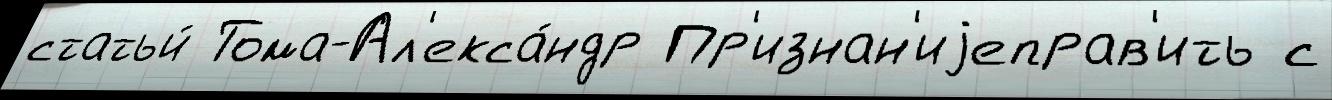
статьи́ Тома-Ал'екса́ндр Пр'изнан'иjеправ'ить с